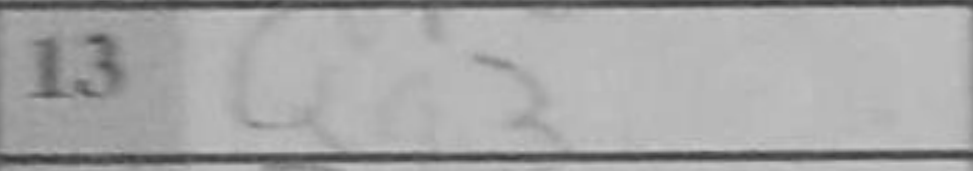
Transcription: Qg3